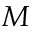
M